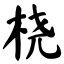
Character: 桡